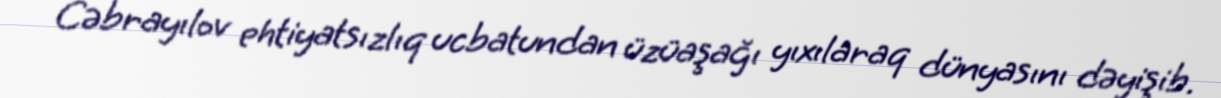
Cəbrayılov ehtiyatsızlıq ucbatundan üzüaşağı yıxılaraq dünyasını dəyişib.